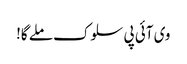
وی آئی پی سلوک ملے گا!